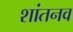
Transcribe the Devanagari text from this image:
शांतनव